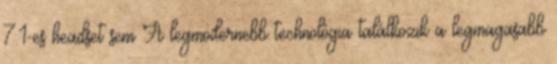
7.1-es headset sem A legmodernebb technológia találkozik a legmagasabb